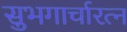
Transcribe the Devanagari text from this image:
सुभगार्चारत्न